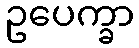
ဥပေက္ခာ